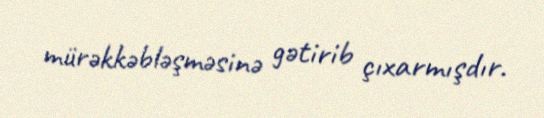
mürəkkəbləşməsinə gətirib çıxarmışdır.